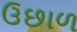
ઉછાળ